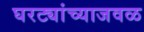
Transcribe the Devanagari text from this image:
घरट्यांच्याजवळ